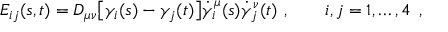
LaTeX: E _ { i j } ( s , t ) = D _ { \mu \nu } \bigl [ \gamma _ { i } ( s ) - \gamma _ { j } ( t ) \bigr ] \dot { \gamma } _ { i } ^ { \mu } ( s ) \dot { \gamma } _ { j } ^ { \nu } ( t ) \ , \qquad i , j = 1 , \dots , 4 \ \, ,